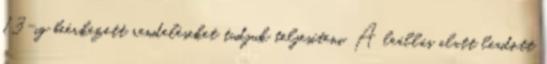
13-ig beérkezett rendeléseket tudjuk teljesíteni. A leállás alatt leadott